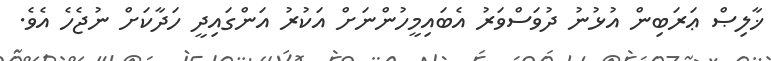
ޚާލިޞް ޢަރަބިން އުޅުނު ދުވަސްވަރު އެބައިމީހުންނަށް އަކުރު އަންގައިދީ ހަދާކަށް ނުޖެހެ އެވެ.